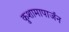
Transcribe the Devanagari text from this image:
कुशामापार्जन